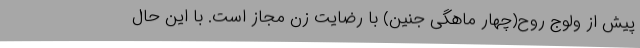
پیش از ولوج روح(چهار ماهگی جنین) با رضایت زن مجاز است. با این حال